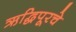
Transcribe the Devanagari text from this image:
ऋद्धिपूरचे